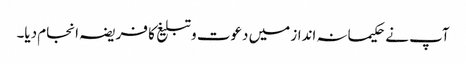
آپ نے حکیمانہ انداز میں دعوت و تبلیغ کا فریضہ انجام دیا۔